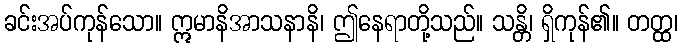
ခင်းအပ်ကုန်သော။ ဣမာနိအာသနာနိ၊ ဤနေရာတို့သည်။ သန္တိ၊ ရှိကုန်၏။ တတ္ထ၊